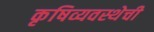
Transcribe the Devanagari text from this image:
कृषिव्यवस्थेची